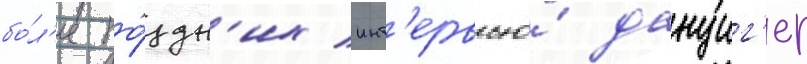
бо́л'ее по́здн'их инт'ервью́ данциг'ер